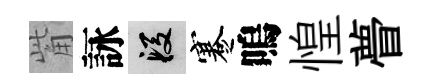
觜詠段蹇嗚惶瞢